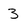
Character: 3